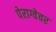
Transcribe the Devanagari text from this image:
पेराग्वेवर